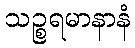
သဉ္စရမာနာနံ